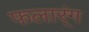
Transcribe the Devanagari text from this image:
फलार्ंग